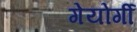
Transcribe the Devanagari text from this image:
गेयोर्गी